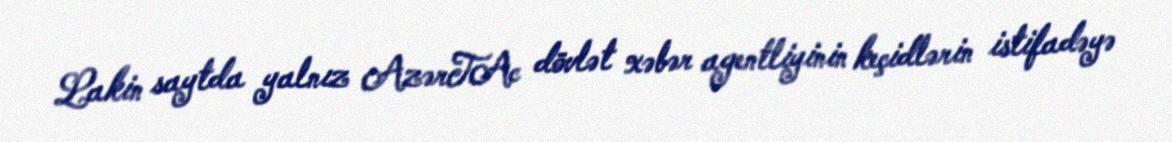
Lakin saytda yalnız AzərTAc dövlət xəbər agentliyinin keçidlərin istifadəyə